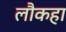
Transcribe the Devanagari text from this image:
लौकहा